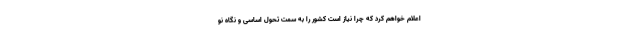
اعلام خواهم کرد که چرا نیاز است کشور را به سمت تحول اساسی و نگاه نو